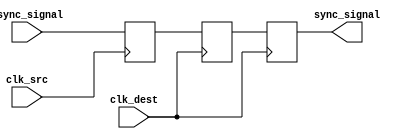
module triple_ff_synchronizer (
    input wire async_signal,    // Input signal to be synchronized
    input wire clk_src,        // Source clock signal
    input wire clk_dest,       // Destination clock signal
    output reg sync_signal      // Synchronized output signal
);

    reg ff1;                   // Output of the first flip-flop
    reg ff2;                   // Output of the second flip-flop

    // First Flip-Flop (FF1) - Triggered by clk_src
    always @(posedge clk_src) begin
        ff1 <= async_signal;   // Capture async_signal
    end

    // Second Flip-Flop (FF2) - Triggered by clk_dest
    always @(posedge clk_dest) begin
        ff2 <= ff1;            // Capture output of FF1
    end

    // Third Flip-Flop (FF3) - Triggered by clk_dest
    always @(posedge clk_dest) begin
        sync_signal <= ff2;     // Capture output of FF2
    end

endmodule